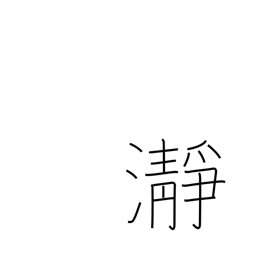
Meaning: clear water